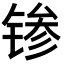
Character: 𬭝